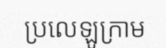
ប្រលេឡូក្រាម